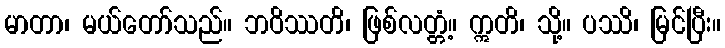
မာတာ၊ မယ်တော်သည်။ ဘဝိဿတိ၊ ဖြစ်လတ္တံ့။ ဣတိ၊ သို့။ ပဿိ၊ မြင်ပြီး။